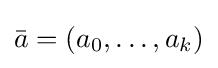
{\bar {a}}=(a_{0},\dots ,a_{k})